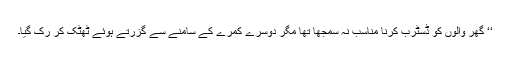
‘‘ گھر والوں کو ڈسٹرب کرنا مناسب نہ سمجھا تھا مگر دوسرے کمرے کے سامنے سے گزرتے ہوئے ٹھٹک کر رک گیا۔